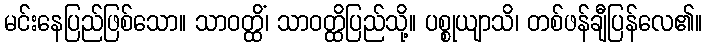
မင်းနေပြည်ဖြစ်သော။ သာဝတ္ထိံ၊ သာဝတ္ထိပြည်သို့။ ပစ္စုယျာသိ၊ တစ်ဖန်ချီပြန်လေ၏။